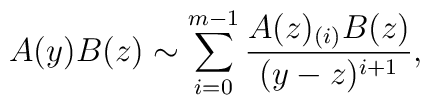
A(y)B(z)\sim\sum_{i=0}^{m-1}\frac{A(z)_{(i)}B(z)}{(y-z)^{i+1}},